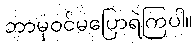
ဘာမှဝင်မပြောရဲကြပါ။